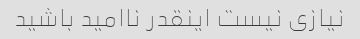
نیازی نیست اینقدر ناامید باشید